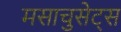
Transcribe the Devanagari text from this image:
मसाचुसेट्स